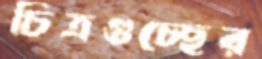
চিত্রগুচ্ছের